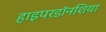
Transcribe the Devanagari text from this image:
हाइपरडॉनशिया